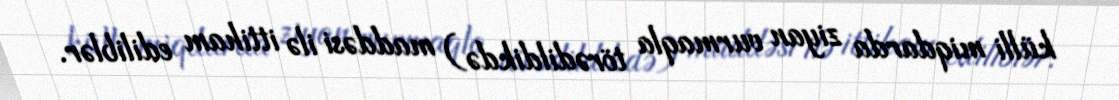
külli miqdarda ziyan vurmaqla törədildikdə) maddəsi ilə ittiham ediliblər.